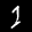
Label: 1